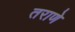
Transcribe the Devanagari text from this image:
तराणे